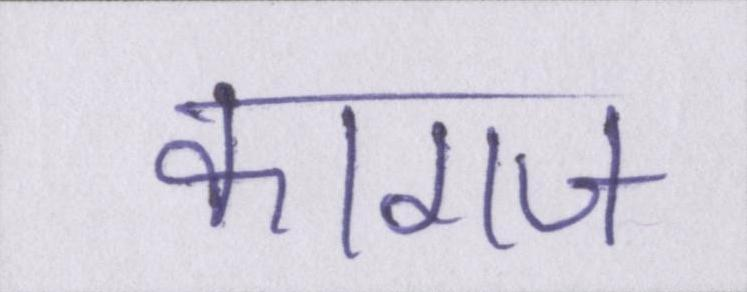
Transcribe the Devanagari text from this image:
कागज